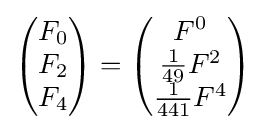
{\begin{pmatrix}F_{0}\\F_{2}\\F_{4}\\\end{pmatrix}}={\begin{pmatrix}F^{0}\\{\frac {1}{49}}F^{2}\\{\frac {1}{441}}F^{4}\\\end{pmatrix}}